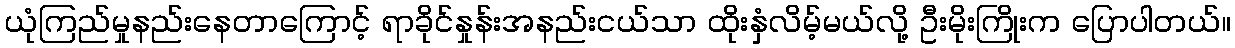
ယုံကြည်မှုနည်းနေတာကြောင့် ရာခိုင်နှုန်းအနည်းငယ်သာ ထိုးနှံလိမ့်မယ်လို့ ဦးမိုးကြိုးက ပြောပါတယ်။